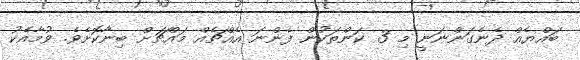
ބައްޔެއް ދެނެގަންނަނީ މި 3 ކަންތަކުން ފެންނަ އެއްޗެއް މައްޗަށް ބިނާކޮށެވެ. ވުމާއެކު